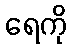
ရေကို